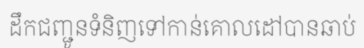
ដឹកជញ្ជូនទំនិញទៅកាន់គោលដៅបានឆាប់